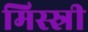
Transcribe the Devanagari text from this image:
मिस्स्री